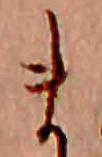
ま